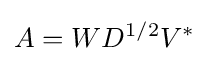
A=WD^{1/2}V^{*}